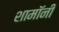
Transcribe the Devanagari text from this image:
शामॉनी